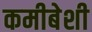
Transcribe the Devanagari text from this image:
कमीबेशी